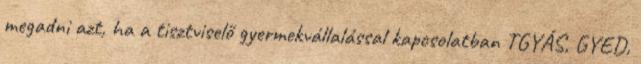
megadni azt, ha a tisztviselő gyermekvállalással kapcsolatban TGYÁS, GYED,